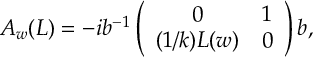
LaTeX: A _ { w } ( L ) = - i b ^ { - 1 } \left( \begin{array} { c c } { { 0 } } & { { 1 } } \\ { { ( 1 / k ) L ( w ) } } & { { 0 } } \end{array} \right) b ,